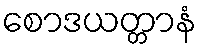
စောဒယတ္တာနံ